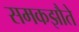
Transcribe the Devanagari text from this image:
समकझौते